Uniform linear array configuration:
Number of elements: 48
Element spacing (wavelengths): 0.5
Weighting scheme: blackman
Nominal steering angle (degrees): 30
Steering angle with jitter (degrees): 30.038
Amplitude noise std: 0.05
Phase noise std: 0.05

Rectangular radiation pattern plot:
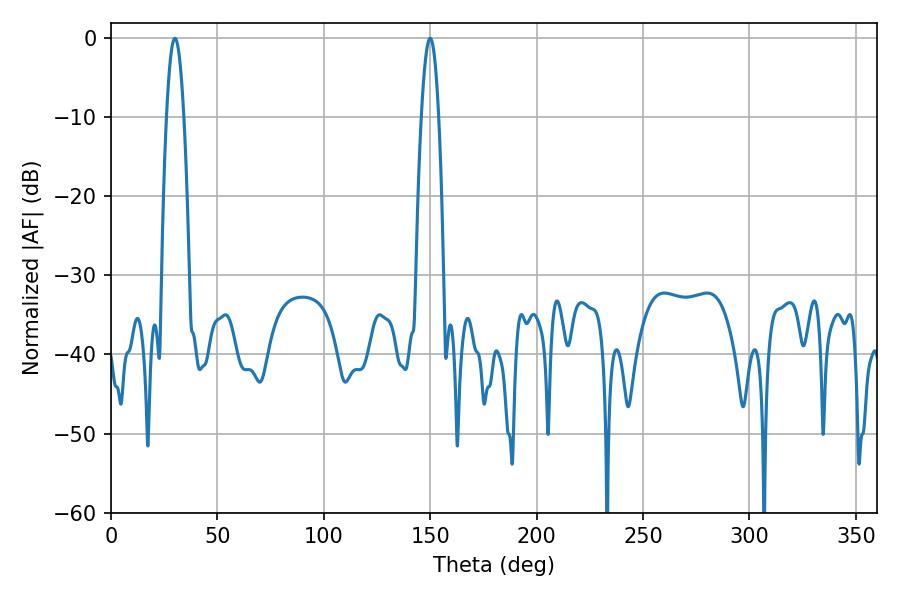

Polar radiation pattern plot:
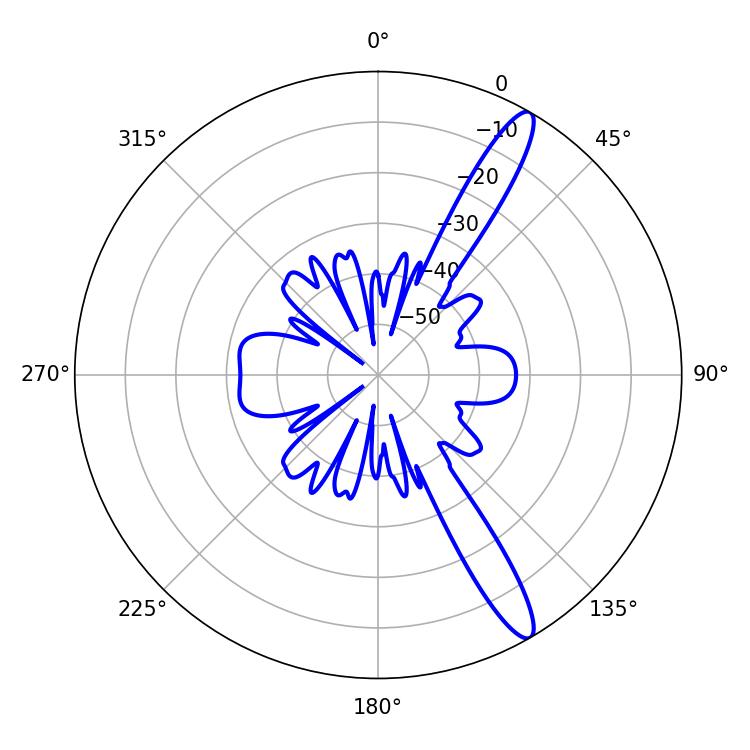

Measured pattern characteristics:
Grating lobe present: FALSE
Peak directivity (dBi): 13.735
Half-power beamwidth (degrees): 4.32
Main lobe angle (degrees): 30.06